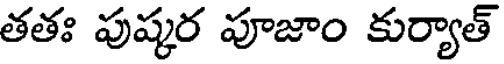
తతః పుష్కర పూజాం కుర్యాత్